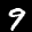
Label: 9